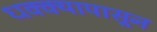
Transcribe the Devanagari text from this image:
धक्क्यापासून